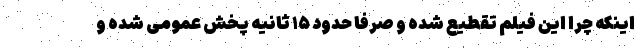
اینکه چرا این فیلم تقطیع شده و صرفاً حدود ۱۵ ثانیه پخش عمومی شده و